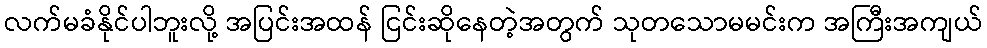
လက်မခံနိုင်ပါဘူးလို့ အပြင်းအထန် ငြင်းဆိုနေတဲ့အတွက် သုတသောမမင်းက အကြီးအကျယ်